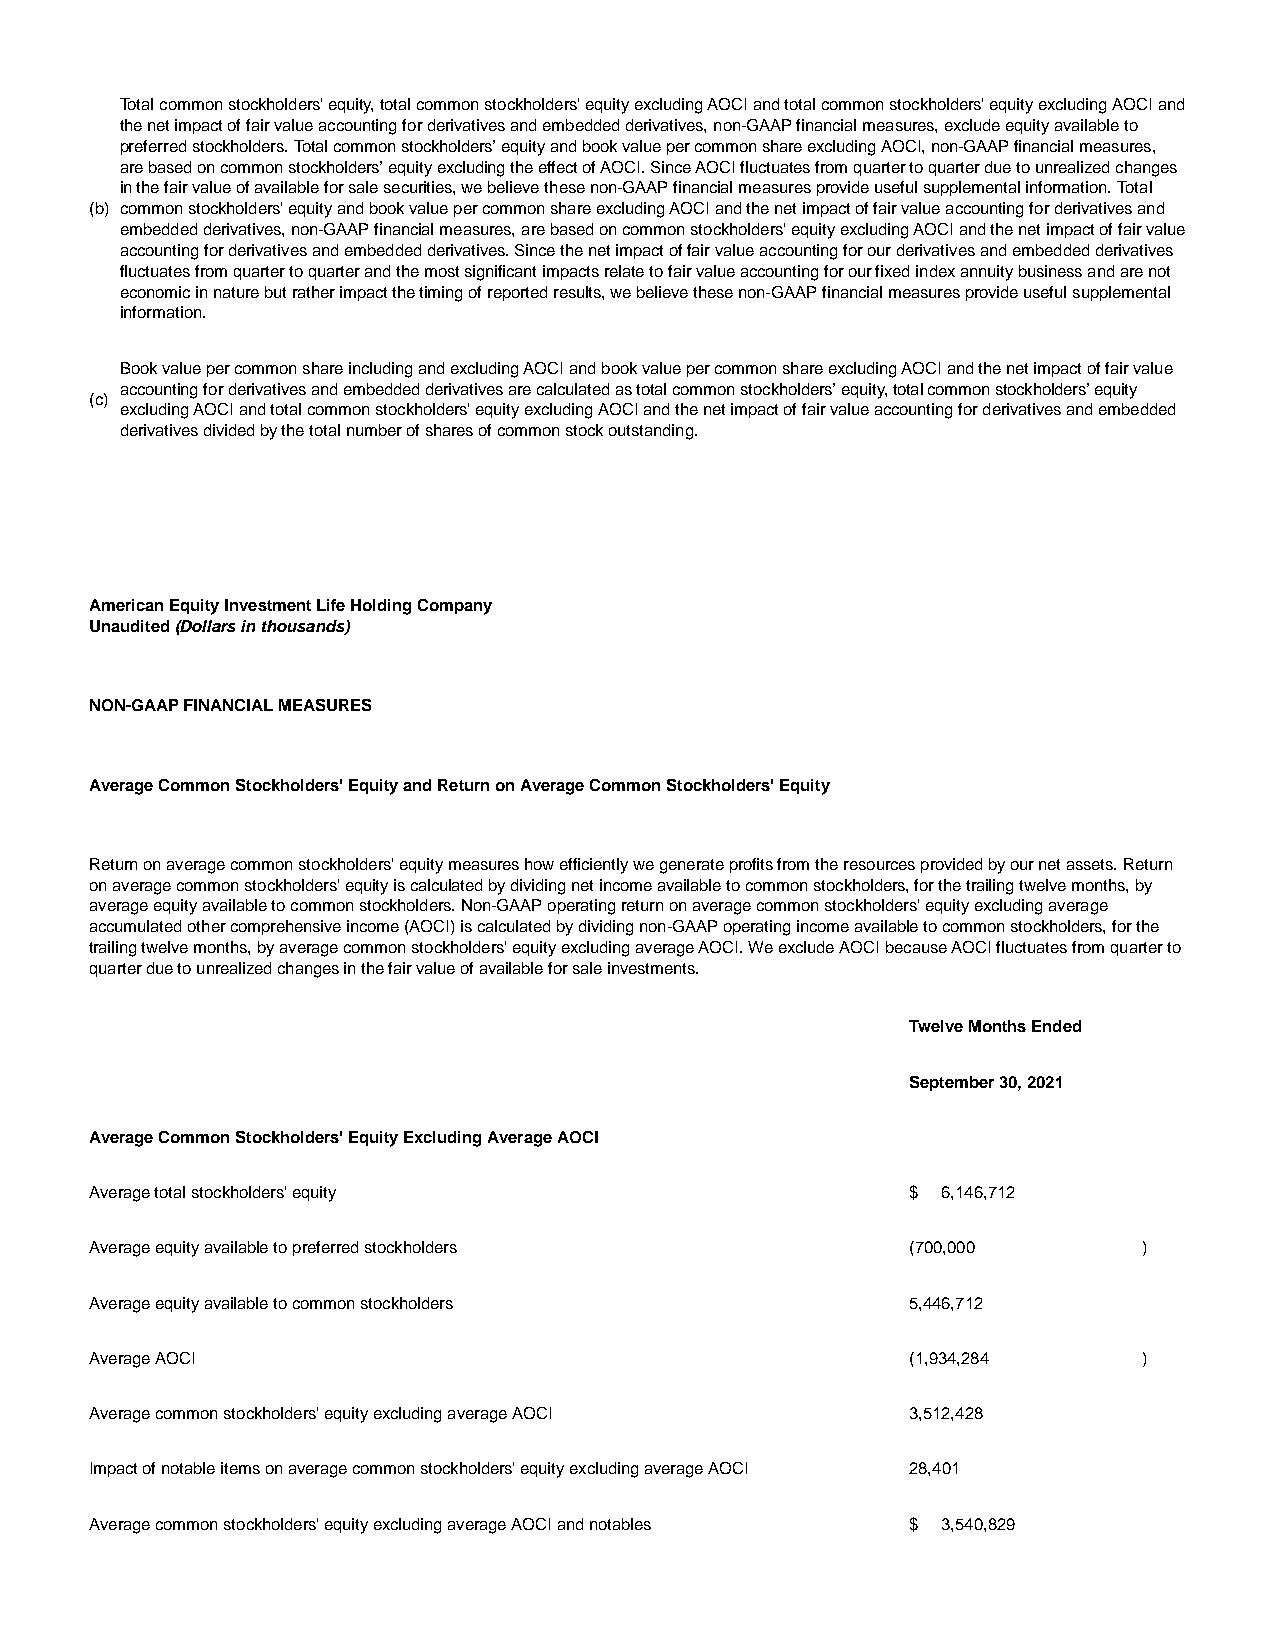
Total common stockholders' equity, total common stockholders' equity excluding AOCI and total common stockholders' equity excluding AOCI and
 the net impact of fair value accounting for derivatives and embedded derivatives, non-GAAP financial measures, exclude equity available to
 preferred stockholders. Total common stockholders’ equity and book value per common share excluding AOCI, non-GAAP financial measures,
 are based on common stockholders’ equity excluding the effect of AOCI. Since AOCI fluctuates from quarter to quarter due to unrealized changes
 in the fair value of available for sale securities, we believe these non-GAAP financial measures provide useful supplemental information. Total
 (b) common stockholders' equity and book value per common share excluding AOCI and the net impact of fair value accounting for derivatives and
 embedded derivatives, non-GAAP financial measures, are based on common stockholders' equity excluding AOCI and the net impact of fair value
 accounting for derivatives and embedded derivatives. Since the net impact of fair value accounting for our derivatives and embedded derivatives
 fluctuates from quarter to quarter and the most significant impacts relate to fair value accounting for our fixed index annuity business and are not
 economic in nature but rather impact the timing of reported results, we believe these non-GAAP financial measures provide useful supplemental
 information.
 Book value per common share including and excluding AOCI and book value per common share excluding AOCI and the net impact of fair value
 accounting for derivatives and embedded derivatives are calculated as total common stockholders’ equity, total common stockholders’ equity
 (c)
 excluding AOCI and total common stockholders' equity excluding AOCI and the net impact of fair value accounting for derivatives and embedded
 derivatives divided by the total number of shares of common stock outstanding.
 American Equity Investment Life Holding Company
 Unaudited (Dollars in thousands)
 NON-GAAP FINANCIAL MEASURES
 Average Common Stockholders' Equity and Return on Average Common Stockholders' Equity
 Return on average common stockholders' equity measures how efficiently we generate profits from the resources provided by our net assets. Return
 on average common stockholders' equity is calculated by dividing net income available to common stockholders, for the trailing twelve months, by
 average equity available to common stockholders. Non-GAAP operating return on average common stockholders' equity excluding average
 accumulated other comprehensive income (AOCI) is calculated by dividing non-GAAP operating income available to common stockholders, for the
 trailing twelve months, by average common stockholders' equity excluding average AOCI. We exclude AOCI because AOCI fluctuates from quarter to
 quarter due to unrealized changes in the fair value of available for sale investments.
 Twelve Months Ended
 September 30, 2021
 Average Common Stockholders' Equity Excluding Average AOCI
 Average total stockholders' equity                    $ 6,146,712
 Average equity available to preferred stockholders    (700,000        )
 Average equity available to common stockholders       5,446,712
 Average AOCI                                          (1,934,284      )
 Average common stockholders' equity excluding average AOCI 3,512,428
 Impact of notable items on average common stockholders' equity excluding average AOCI 28,401
 Average common stockholders' equity excluding average AOCI and notables $ 3,540,829